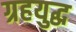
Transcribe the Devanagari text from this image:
ग्रहयुद्ध